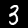
Digit: 3